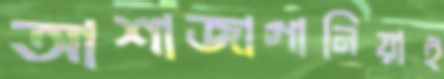
আশাজাগানিয়াই